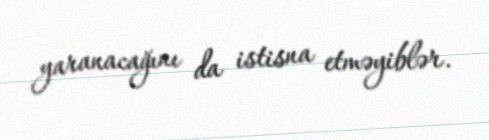
yaranacağını da istisna etməyiblər.